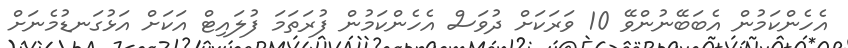
އެހެންކަމުން އެބަބޭނުންވޭ 10 ވަރަކަށް ދުވަސް އެހެންކަމުން ފުރަތަމަ ފުލައިޓް އަކަށް އަޅުގަނޑުމެނަށް